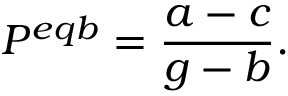
P ^ { e q b } = { \frac { a - c } { g - b } } .